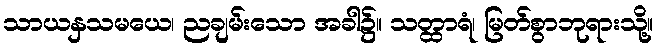
သာယနှသမယေ၊ ညချမ်းသော အခါ၌။ သတ္ထာရံ၊ မြတ်စွာဘုရားသို့။